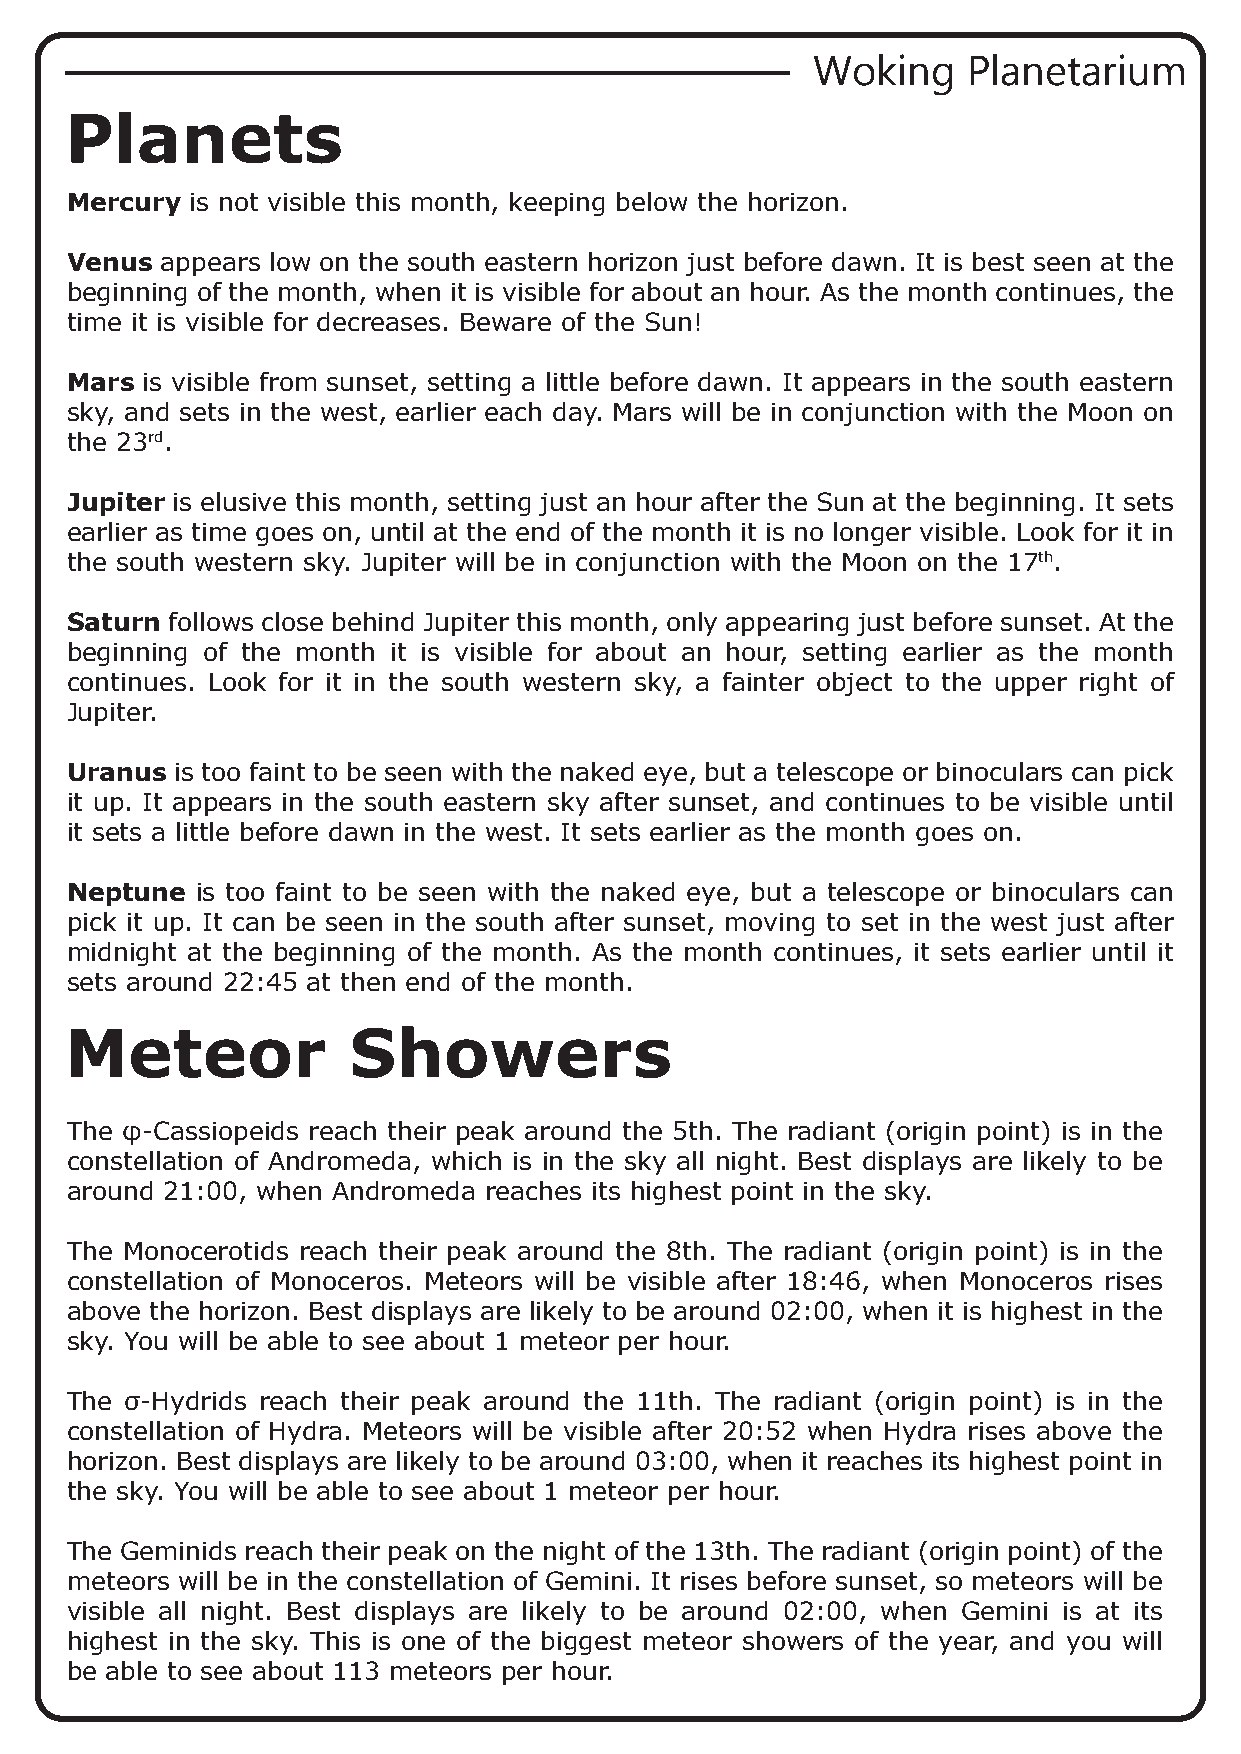
Woking    Planetarium
 Planets
 Mercury  is not visible this month, keeping below the horizon.
 Venus  appears low on the south eastern horizon just before dawn. It is best seen at the
 beginning of the month, when it is visible for about an hour. As the month continues, the
 time it is visible for decreases. Beware of the Sun!
 Mars is visible from sunset, setting a little before dawn. It appears in the south eastern
 sky, and sets in the west, earlier each day. Mars will be in conjunction with the Moon on
 the 23rd.
 Jupiter is elusive this month, setting just an hour after the Sun at the beginning. It sets
 earlier as time goes on, until at the end of the month it is no longer visible. Look for it in
 the south western sky. Jupiter will be in conjunction with the Moon on the 17th.
 Saturn follows close behind Jupiter this month, only appearing just before sunset. At the
 beginning of the month it is visible for about an hour, setting earlier as the month
 continues. Look for it in the south western sky, a fainter object to the upper right of
 Jupiter.
 Uranus  is too faint to be seen with the naked eye, but a telescope or binoculars can pick
 it up. It appears in the south eastern sky after sunset, and continues to be visible until
 it sets a little before dawn in the west. It sets earlier as the month goes on.
 Neptune  is too faint to be seen with the naked eye, but a telescope or binoculars can
 pick it up. It can be seen in the south after sunset, moving to set in the west just after
 midnight at the beginning of the month. As the month continues, it sets earlier until it
 sets around 22:45 at then end of the month.
 Meteor             Showers
 The φ-Cassiopeids reach their peak around the 5th. The radiant (origin point) is in the
 constellation of Andromeda, which is in the sky all night. Best displays are likely to be
 around 21:00, when Andromeda reaches its highest point in the sky.
 The Monocerotids reach their peak around the 8th. The radiant (origin point) is in the
 constellation of Monoceros. Meteors will be visible after 18:46, when Monoceros rises
 above the horizon. Best displays are likely to be around 02:00, when it is highest in the
 sky. You will be able to see about 1 meteor per hour.
 The σ-Hydrids reach their peak around the 11th. The radiant (origin point) is in the
 constellation of Hydra. Meteors will be visible after 20:52 when Hydra rises above the
 horizon. Best displays are likely to be around 03:00, when it reaches its highest point in
 the sky. You will be able to see about 1 meteor per hour.
 The Geminids reach their peak on the night of the 13th. The radiant (origin point) of the
 meteors will be in the constellation of Gemini. It rises before sunset, so meteors will be
 visible all night. Best displays are likely to be around 02:00, when Gemini is at its
 highest in the sky. This is one of the biggest meteor showers of the year, and you will
 be able to see about 113 meteors per hour.